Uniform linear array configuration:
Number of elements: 24
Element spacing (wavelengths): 0.25
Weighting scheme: exponential
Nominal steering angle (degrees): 30
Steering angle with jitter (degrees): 29.714
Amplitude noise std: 0.05
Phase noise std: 0.05

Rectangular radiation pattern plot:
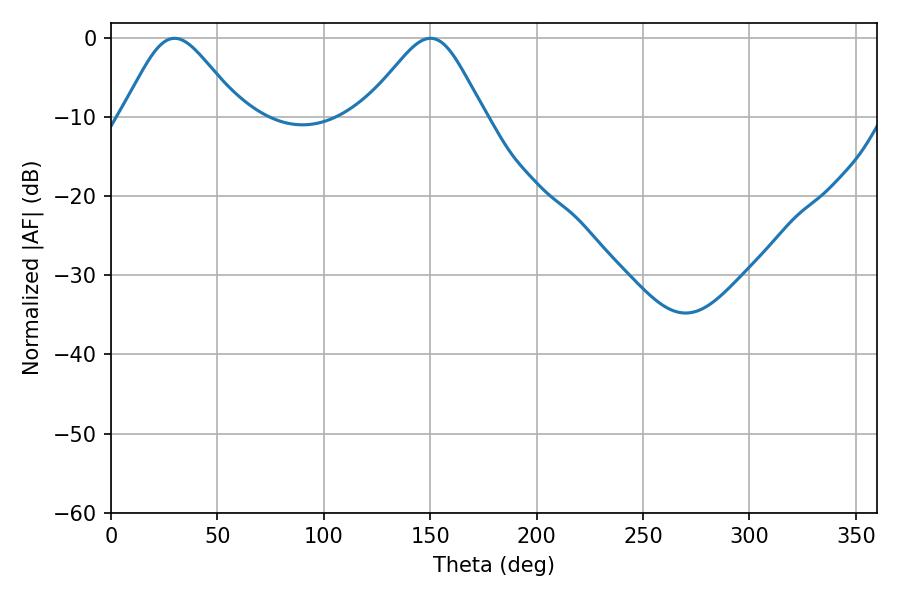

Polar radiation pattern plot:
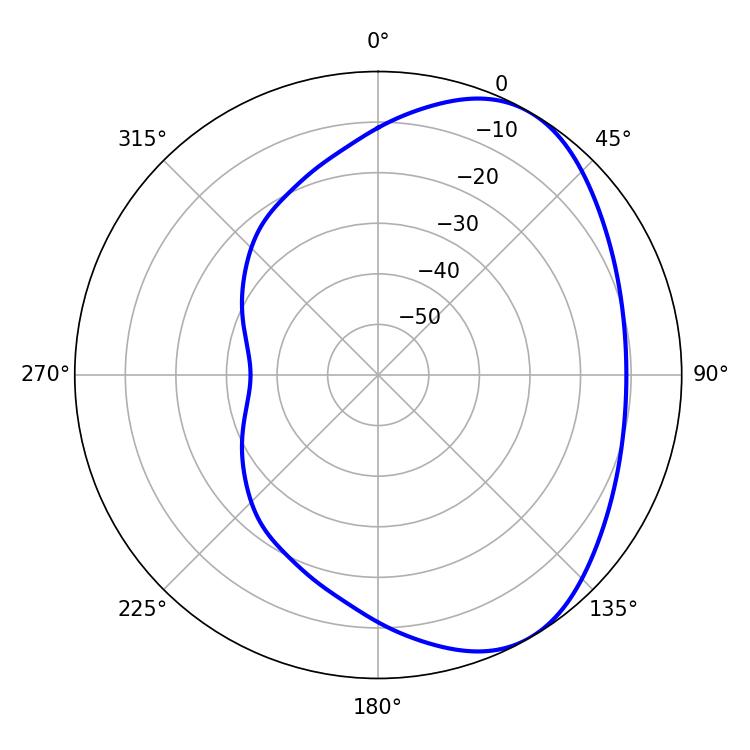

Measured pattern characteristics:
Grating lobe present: FALSE
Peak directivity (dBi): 4.899
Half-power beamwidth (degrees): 27.72
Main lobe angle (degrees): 29.88